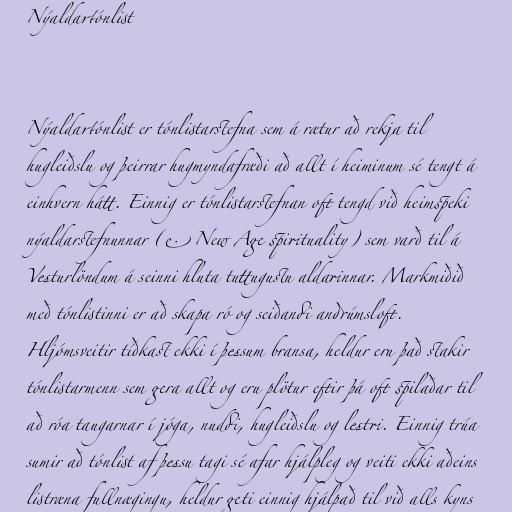
Nýaldartónlist

Nýaldartónlist er tónlistarstefna sem á rætur að rekja til
hugleiðslu og þeirrar hugmyndafræði að allt í heiminum sé tengt á
einhvern hátt. Einnig er tónlistarstefnan oft tengd við heimspeki
nýaldarstefnunnar (e. New Age spirituality) sem varð til á
Vesturlöndum á seinni hluta tuttugustu aldarinnar. Markmiðið
með tónlistinni er að skapa ró og seiðandi andrúmsloft.
Hljómsveitir tíðkast ekki í þessum bransa, heldur eru það stakir
tónlistarmenn sem gera allt og eru plötur eftir þá oft spilaðar til
að róa taugarnar í jóga, nuddi, hugleiðslu og lestri. Einnig trúa
sumir að tónlist af þessu tagi sé afar hjálpleg og veiti ekki aðeins
listræna fullnægingu, heldur geti einnig hjálpað til við alls kyns